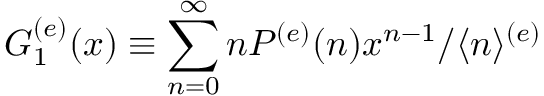
G _ { 1 } ^ { ( e ) } ( x ) \equiv \sum _ { n = 0 } ^ { \infty } n P ^ { ( e ) } ( n ) x ^ { n - 1 } / \langle n \rangle ^ { ( e ) }